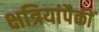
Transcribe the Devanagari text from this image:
क्षत्रियांपैकीं